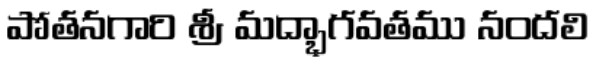
పోతనగారి శ్రీ మద్భాగవతము నందలి